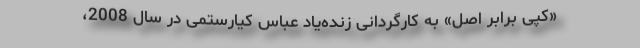
«کپی برابر اصل» به کارگردانی زنده‌یاد عباس کیارستمی در سال 2008،